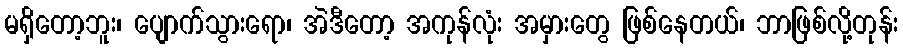
မရှိတော့ဘူး၊ ပျောက်သွားရော၊ အဲဒီတော့ အကုန်လုံး အမှားတွေ ဖြစ်နေတယ်၊ ဘာဖြစ်လို့တုန်း